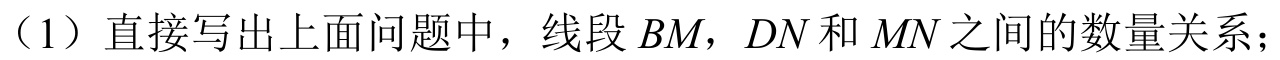
（1）直接写出上面问题中，线段\(BM\)，\(DN\)和\(MN\)之间的数量关系；